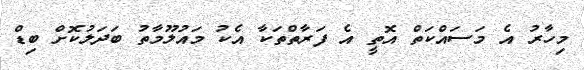
މިހާރު އެ މަސައްކަތް އޮތީ އެ ފަރާތްތަކާ އެކު މައުލޫމާތު ބަދަލުކޮށް ބިޑް